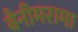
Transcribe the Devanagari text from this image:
बैनीमरामा